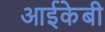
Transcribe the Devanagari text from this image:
आईकेबी